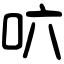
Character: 𠯿